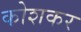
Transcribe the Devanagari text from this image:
कोशकर